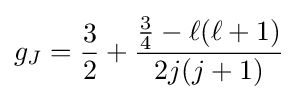
g_{J}={\frac {3}{2}}+{\frac {{\frac {3}{4}}-\ell (\ell +1)}{2j(j+1)}}